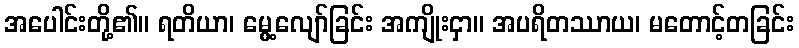
အပေါင်းတို့၏။ ရတိယာ၊ မွေ့လျော်ခြင်း အကျိုးငှာ။ အပရိတဿာယ၊ မတောင့်တခြင်း